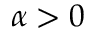
\alpha > 0